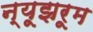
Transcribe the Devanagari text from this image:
न्यूझरूम